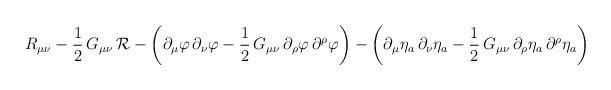
LaTeX: \begin{align*}R_{\mu\nu} - \frac{1}{2}\, G_{\mu\nu}\, {\cal R} - \left(\partial_\mu\varphi\,\partial_\nu\varphi -\frac{1}{2}\,G_{\mu\nu}\,\partial_\rho\varphi\,\partial^\rho\varphi \right) -\left( \partial_\mu\eta_a\,\partial_\nu\eta_a -\frac{1}{2}\,G_{\mu\nu}\,\partial_\rho\eta_a\,\partial^\rho\eta_a\right)\end{align*}